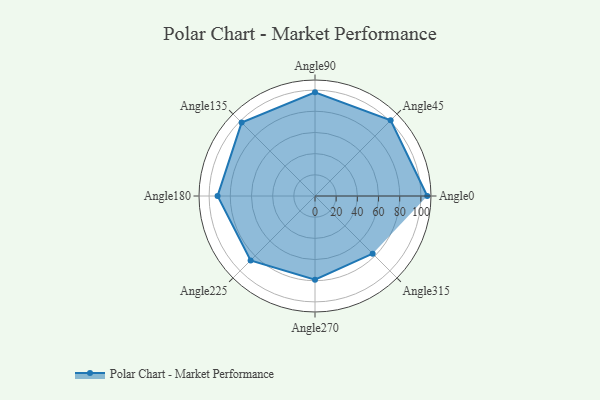
{"axis": {"x": "Angle", "y": "Radius"}, "legend": [""], "data": [{"x": "Angle0", "y": 106.0, "type": ""}, {"x": "Angle45", "y": 101.0, "type": ""}, {"x": "Angle90", "y": 98.0, "type": ""}, {"x": "Angle135", "y": 98.0, "type": ""}, {"x": "Angle180", "y": 92.0, "type": ""}, {"x": "Angle225", "y": 86.0, "type": ""}, {"x": "Angle270", "y": 79.0, "type": ""}, {"x": "Angle315", "y": 77.0, "type": ""}]}